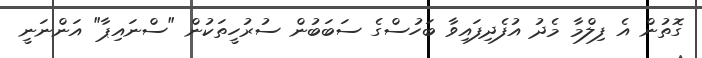
ގޮތުން އެ ފިލްމާ މެދު އުފެދިފައިވާ ބަހުސްގެ ސަބަބުން ސުރުހީތަކުން "ސްނައިޕާ" އަންނަނީ